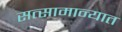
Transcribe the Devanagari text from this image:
सत्सामान्यात